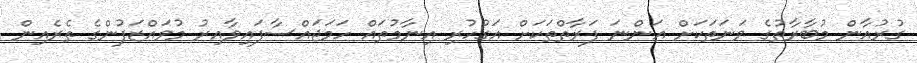
ގުރުއާން މުބާރާތުގެ ވަނަތަކަށް އަންނަ ފަރާތްތަކަށް އަގުހުރި އިނާމުތައް ހަމަޖައްސާފައިވާއިރު މުވައްޒަފުންގެ ތެރެއިން